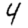
Digit: 4